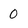
Character: 0